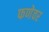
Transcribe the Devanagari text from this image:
फणेवर